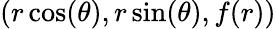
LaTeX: (r\cos(\theta),r\sin(\theta),f(r))